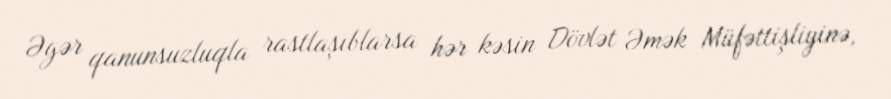
Əgər qanunsuzluqla rastlaşıblarsa hər kəsin Dövlət Əmək Müfəttişliyinə,